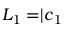
L _ { 1 } = \rvert \boldsymbol c _ { 1 }